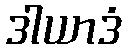
ဒါယာဒံ